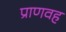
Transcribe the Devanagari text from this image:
प्राणवह